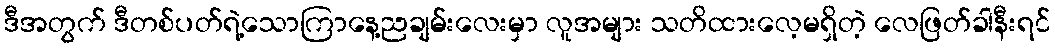
ဒီအတွက် ဒီတစ်ပတ်ရဲ့သောကြာနေ့ညချမ်းလေးမှာ လူအများ သတိထားလေ့မရှိတဲ့ လေဖြတ်ခါနီးရင်